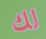
لك